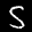
Label: 5